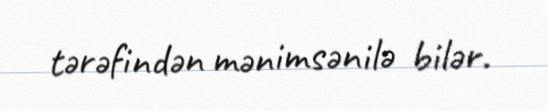
tərəfindən mənimsənilə bilər.